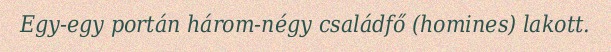
Egy-egy portán három-négy családfő (homines) lakott.